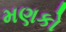
મણકો